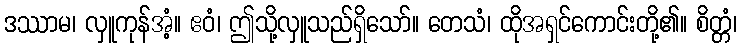
ဒဿာမ၊ လှူကုန်အံ့။ ဧဝံ၊ ဤသို့လှူသည်ရှိသော်။ တေသံ၊ ထိုအရှင်ကောင်းတို့၏။ စိတ္တံ၊